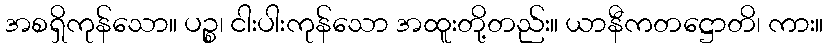
အစရှိကုန်သော။ ပဉ္စ၊ ငါးပါးကုန်သော အထူးတို့တည်း။ ယာနီကတဋ္ဌောတိ၊ ကား။